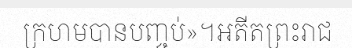
ក្រហមបានបញ្ចប់»។អតីតព្រះរាជ